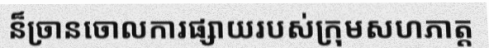
ន៏ច្រានចោលការផ្សាយរបស់ក្រុមសហភាត្ត